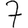
Digit: 7